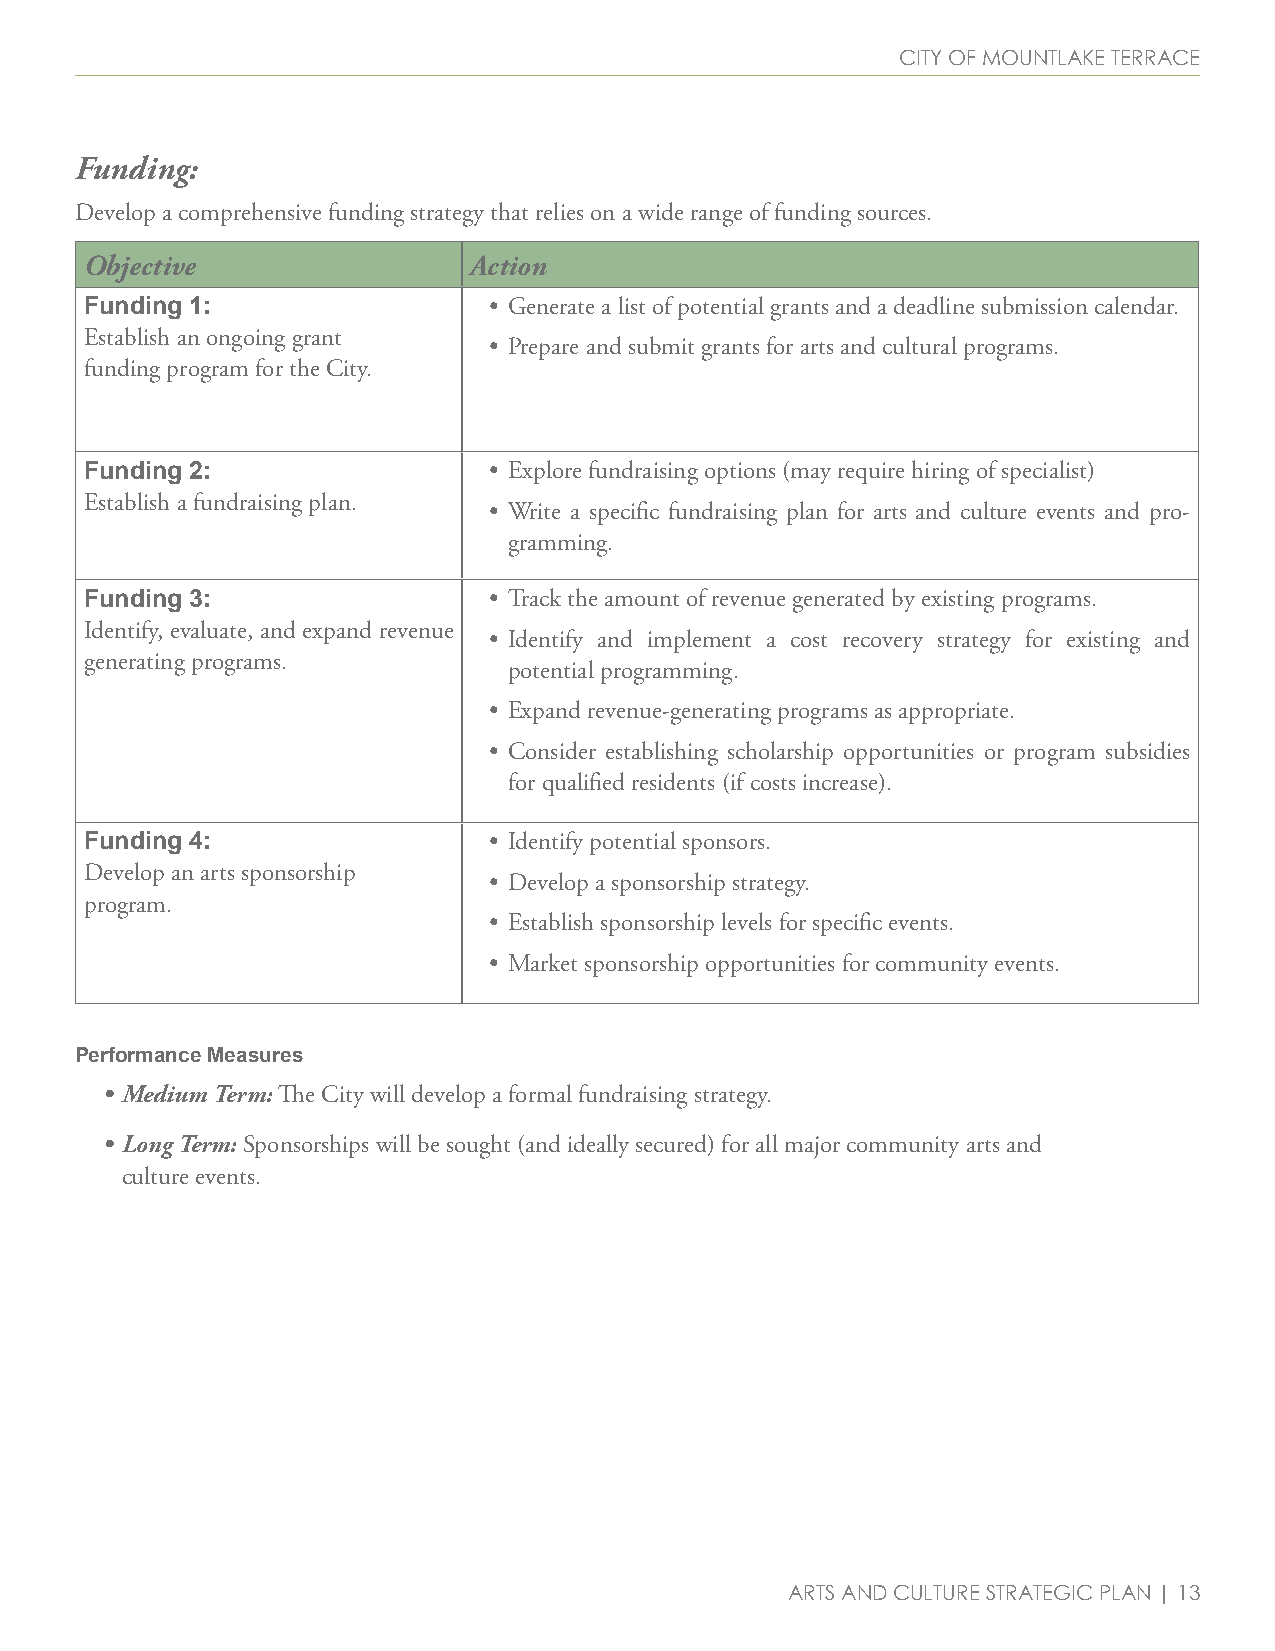
City of mountlake terraCe
 Funding:
 Develop a comprehensive funding strategy that relies on a wide range of funding sources.
 Objective                Action
 Funding 1:                • Generate a list of potential grants and a deadline submission calendar.
 Establish an ongoing grant
 • Prepare and submit grants for arts and cultural programs.
 funding program for the City.
 Funding 2:                • Explore fundraising options (may require hiring of specialist)
 Establish a fundraising plan.
 • Write a specific fundraising plan for arts and culture events and pro-
 gramming.
 Funding 3:                • Track the amount of revenue generated by existing programs.
 Identify, evaluate, and expand revenue
 • Identify and implement a cost recovery strategy for existing and
 generating programs.
 potential programming.
 • Expand revenue-generating programs as appropriate.
 • Consider establishing scholarship opportunities or program subsidies
 for qualified residents (if costs increase).
 Funding 4:                • Identify potential sponsors.
 Develop an arts sponsorship
 • Develop a sponsorship strategy.
 program.
 • Establish sponsorship levels for specific events.
 • Market sponsorship opportunities for community events.
 Performance Measures
 • Medium Term: The City will develop a formal fundraising strategy.
 • Long Term: Sponsorships will be sought (and ideally secured) for all major community arts and
 culture events.
 arts and Culture strategiC Plan | 13